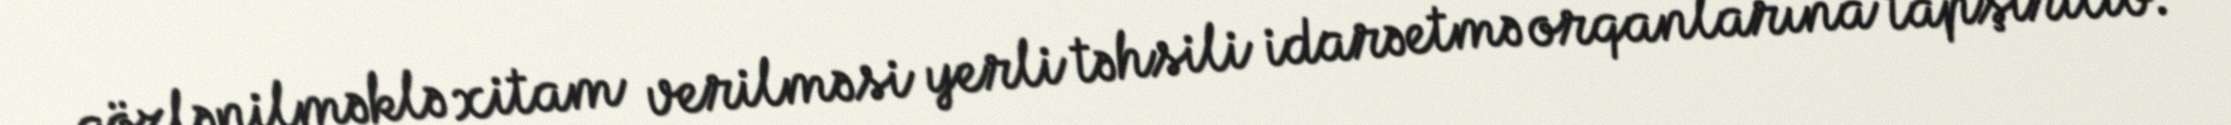
gözlənilməklə xitam verilməsi yerli təhsili idarəetmə orqanlarına tapşırılıb.